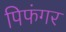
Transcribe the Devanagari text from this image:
पिफंगर